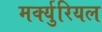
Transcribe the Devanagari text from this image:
मर्क्युरियल